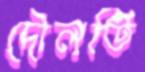
দৌলতি